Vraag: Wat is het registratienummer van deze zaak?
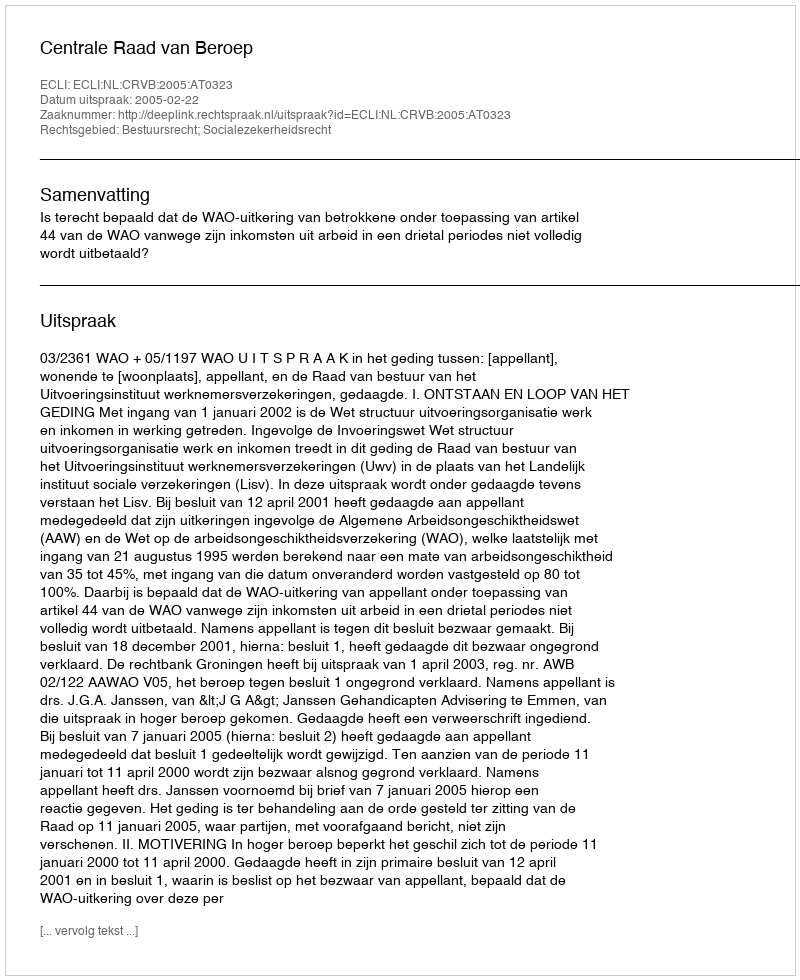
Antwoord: http://deeplink.rechtspraak.nl/uitspraak?id=ECLI:NL:CRVB:2005:AT0323